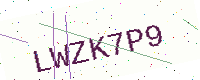
Text: LWZK7P9